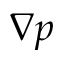
\nabla p